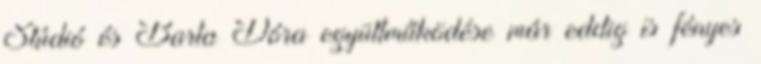
Stúdió és Barta Dóra együttműködése már eddig is fényes